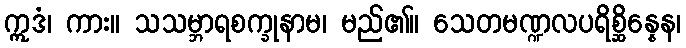
ဣဒံ၊ ကား။ သသမ္ဘာရစက္ခုနာမ၊ မည်၏။ သေတမဏ္ဍလပရိစ္ဆိန္နေန၊